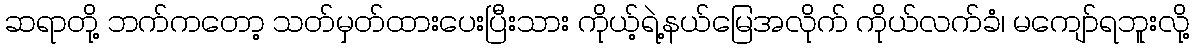
ဆရာတို့ ဘက်ကတော့ သတ်မှတ်ထားပေးပြီးသား ကိုယ့်ရဲ့နယ်မြေအလိုက် ကိုယ်လက်ခံ၊ မကျော်ရဘူးလို့